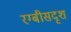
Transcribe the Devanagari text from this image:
रग्बीसदृश